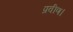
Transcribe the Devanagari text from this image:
प्रवीण।